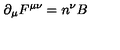
{ \partial } _ { \mu } F ^ { { \mu } { \nu } } = n ^ { \nu } B